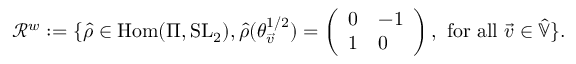
\mathcal { R } ^ { w } : = \{ \widehat { \rho } \in \operatorname { H o m } ( \Pi , \operatorname { S L } _ { 2 } ) , \widehat { \rho } ( \theta _ { \overrightarrow { v } } ^ { 1 / 2 } ) = \left( \begin{array} { l l } { 0 } & { - 1 } \\ { 1 } & { 0 } \end{array} \right) \mathrm { , ~ f o r ~ a l l ~ } \overrightarrow { v } \in \widehat { \mathbb { V } } \} .